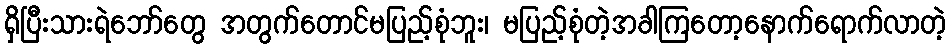
ရှိပြီးသားရဲဘော်တွေ အတွက်တောင်မပြည့်စုံဘူး၊ မပြည့်စုံတဲ့အခါကြတော့နောက်ရောက်လာတဲ့